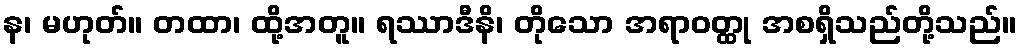
န၊ မဟုတ်။ တထာ၊ ထို့အတူ။ ရဿာဒီနိ၊ တိုသော အရာဝတ္ထု အစရှိသည်တို့သည်။